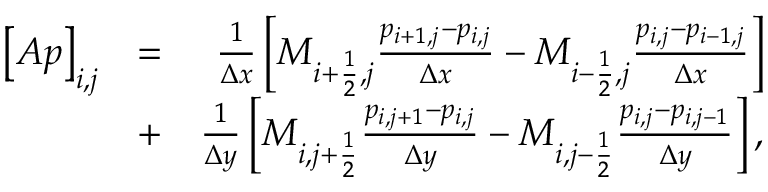
\begin{array} { r l r } { \left[ A p \right] _ { i , j } } & { = } & { \frac { 1 } { \Delta x } \left[ M _ { i + \frac { 1 } { 2 } , j } \frac { p _ { i + 1 , j } - p _ { i , j } } { \Delta x } - M _ { i - \frac { 1 } { 2 } , j } \frac { p _ { i , j } - p _ { i - 1 , j } } { \Delta x } \right] } \\ & { + } & { \frac { 1 } { \Delta y } \left[ M _ { i , j + \frac { 1 } { 2 } } \frac { p _ { i , j + 1 } - p _ { i , j } } { \Delta y } - M _ { i , j - \frac { 1 } { 2 } } \frac { p _ { i , j } - p _ { i , j - 1 } } { \Delta y } \right] , } \end{array}